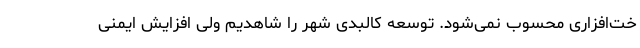
خت‌افزاری محسوب نمی‌شود. توسعه کالبدی شهر را شاهدیم ولی افزایش ایمنی